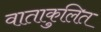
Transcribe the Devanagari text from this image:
वाताकुलित